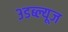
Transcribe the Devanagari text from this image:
३डब्ल्यूज